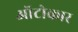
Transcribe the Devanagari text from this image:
ऑटोकार